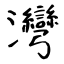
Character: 灣